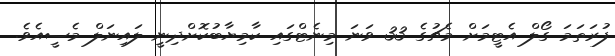
ފުރަތަމަ ގޯލް އެޓީމަށް މެޗުގެ 33 ވަނަ މިނެޓްގައި ކާމިޔާބުކޮށްދިނީ ލައިނަލް މެސީއެވެ.